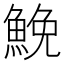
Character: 鮸